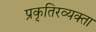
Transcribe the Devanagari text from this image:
प्रकृतिरव्यक्ता